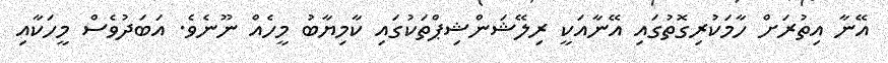
އޭނާ އިތުރަށް ހާމަކުރިގޮތުގައި އޭނާއަކީ ރިލޭޝަންޝިޕްތަކުގައި ކާމިޔާބު މީހެއް ނޫނެވެ. އަބަދުވެސް މީހަކާއި